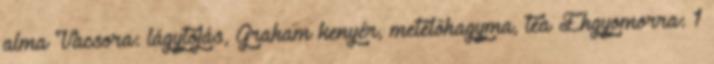
alma Vacsora: lágytojás, Graham kenyér, metélőhagyma, tea Éhgyomorra: 1